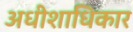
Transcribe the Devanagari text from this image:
अधीशाधिकार